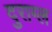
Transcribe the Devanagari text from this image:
दुराग्ल